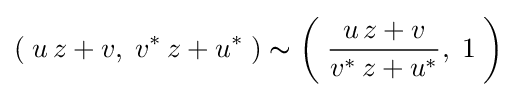
(\;u\,z+v,\;v^{*}\,z+u^{*}\;)\thicksim \left(\;{\frac {\,u\,z+v\,}{v^{*}\,z+u^{*}}},\;1\;\right)